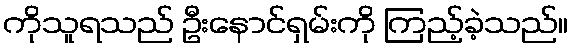
ကိုသူရသည် ဦးနောင်ရှမ်းကို ကြည့်ခဲ့သည်။